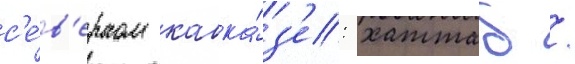
с'е́в'ерном кавка́з'е: хаттаб /